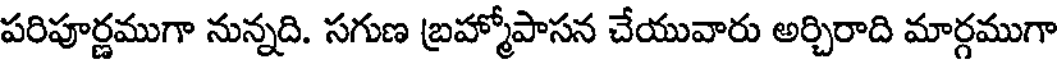
పరిపూర్ణముగా నున్నది. సగుణ బ్రహ్మోపాసన చేయువారు అర్చిరాది మార్గముగా